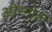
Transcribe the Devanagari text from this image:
ओन्गोल्